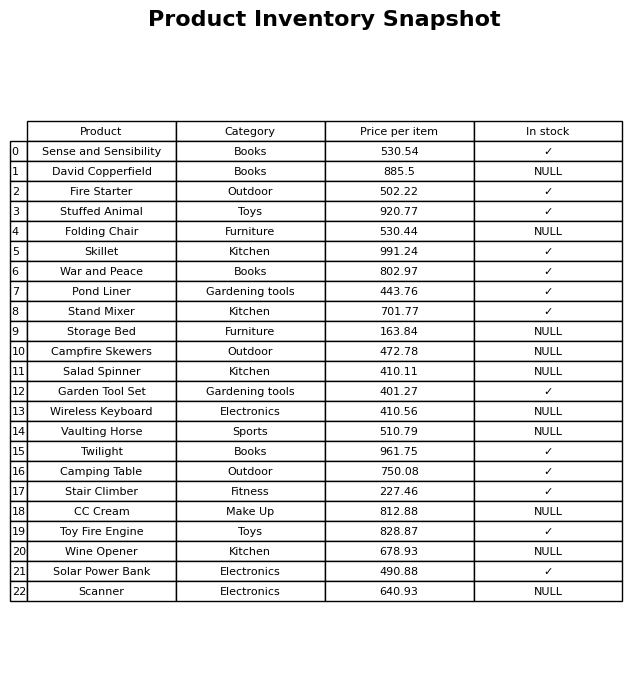
question: What is the price of the Fire Starter?
answer: The price of Fire Starter is 502.22.